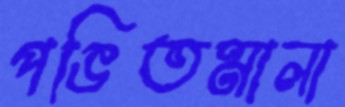
পঙিতমালা